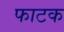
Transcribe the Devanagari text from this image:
फाटक